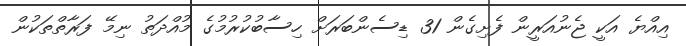
އިއްޔެ އަކީ ޖެނުއަރީން ފެށިގެން 31 ޑިސެންބަރަށް ހިސާބުކުރުމުގެ މުއްދަތު ނިމޭ ފަރާތްތަކުން